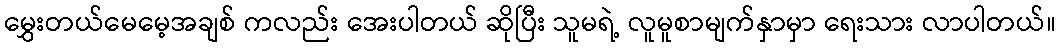
မွှေးတယ်မေမေ့အချစ် ကလည်း အေးပါတယ် ဆိုပြီး သူမရဲ့ လူမူစာမျက်နှာမှာ ရေးသား လာပါတယ်။